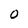
Character: 0